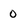
Character: 0